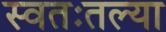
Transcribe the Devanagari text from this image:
स्वतःतल्या